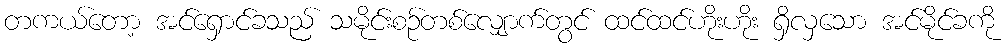
တကယ်တော့ အင်ရှောင်ခသည် သမိုင်းစဉ်တစ်လျှောက်တွင် ထင်ထင်ဟိုးဟိုး ရှိလှသော အင်မိုင်ခကို